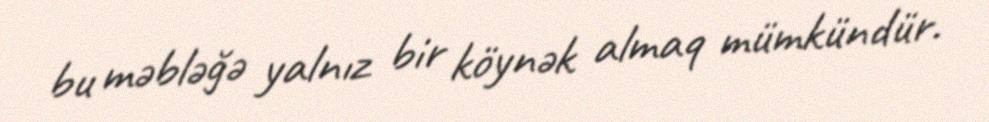
bu məbləğə yalnız bir köynək almaq mümkündür.